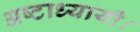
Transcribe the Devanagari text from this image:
अष्टाध्यायी।